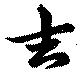
吉